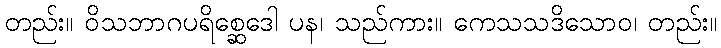
တည်း။ ဝိသဘာဂပရိစ္ဆေဒေါ ပန၊ သည်ကား။ ကေသသဒိသောဝ၊ တည်း။